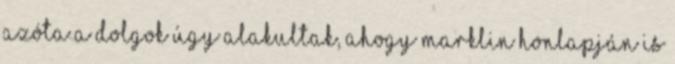
azóta a dolgok úgy alakultak, ahogy Marklin honlapján is